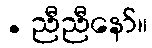
. ညီညီနော်။